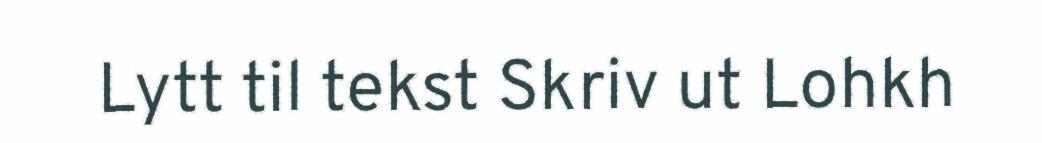
Lytt til tekst Skriv ut Lohkh